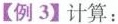
【例3】计算：